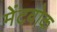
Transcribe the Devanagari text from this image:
मेंटवोक